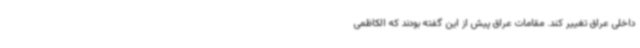
داخلی عراق تغییر کند. مقامات عراق پیش از این گفته بودند که الکاظمی